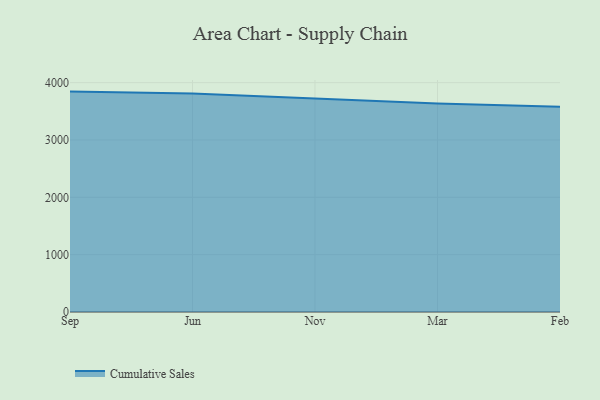
{"axis": {"x": "Month", "y": "Inventory Turnover"}, "legend": ["Cumulative Sales"], "data": [{"x": "Sep", "y": 3844.1, "type": "Cumulative Sales"}, {"x": "Jun", "y": 3812.8, "type": "Cumulative Sales"}, {"x": "Nov", "y": 3721.7, "type": "Cumulative Sales"}, {"x": "Mar", "y": 3634.6, "type": "Cumulative Sales"}, {"x": "Feb", "y": 3580.3, "type": "Cumulative Sales"}]}